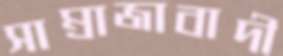
সাম্রাজাবাদী